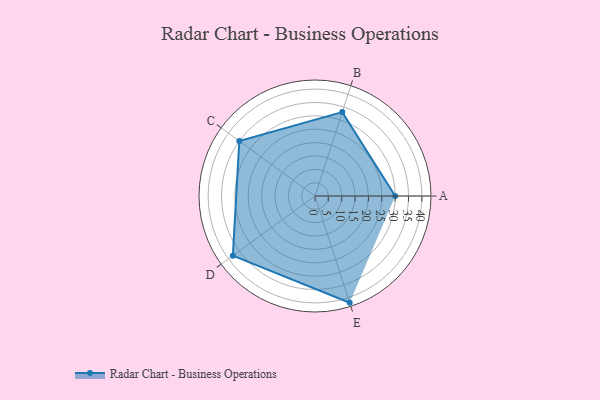
{"axis": {"x": "Skill", "y": "Score"}, "legend": ["Profile"], "data": [{"x": "A", "y": 30.0, "type": "Profile"}, {"x": "B", "y": 33.0, "type": "Profile"}, {"x": "C", "y": 35.0, "type": "Profile"}, {"x": "D", "y": 38.0, "type": "Profile"}, {"x": "E", "y": 42.0, "type": "Profile"}]}